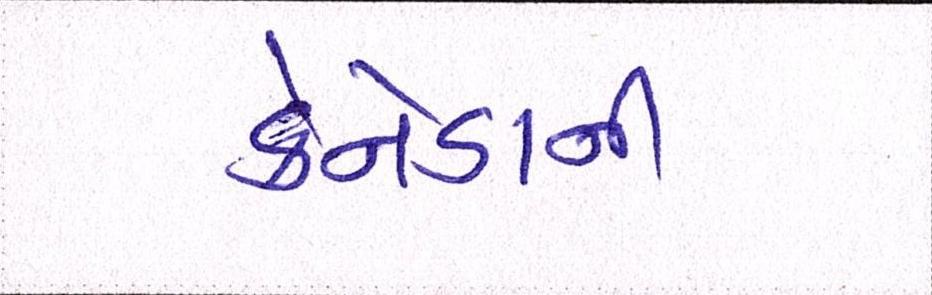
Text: કેનેડાની